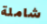
شاملة